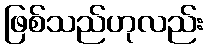
ဖြစ်သည်ဟုလည်း